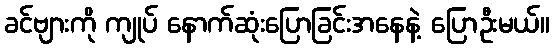
ခင်ဗျားကို ကျုပ် နောက်ဆုံးပြောခြင်းအနေနဲ့ ပြောဦးမယ်။